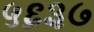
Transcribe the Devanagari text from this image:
५६३७